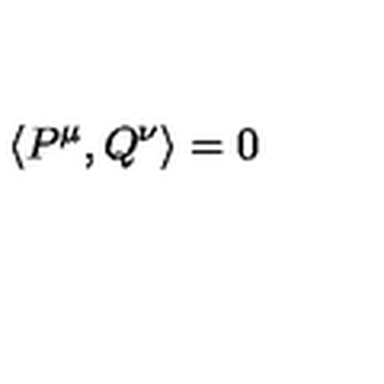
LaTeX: \left\langle P ^ { \mu } , Q ^ { \nu } \right\rangle = 0